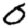
Digit: 0